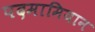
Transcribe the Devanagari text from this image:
पदमामियान